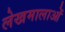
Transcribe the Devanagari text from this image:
लेखमालाओं